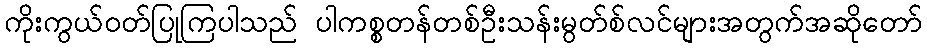
ကိုးကွယ်ဝတ်ပြုကြပါသည် ပါကစ္စတန်တစ်ဦးသန်းမွတ်စ်လင်များအတွက်အဆိုတော်